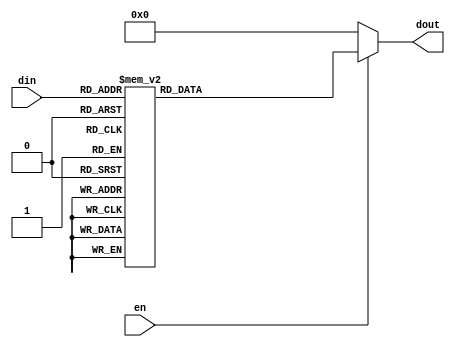
module decoder_5to32(en,din,dout);
 input en;
 input [4:0] din;
 output[31:0] dout;
 reg [31:0] dout;
 always@(din or en)
  begin
   if(!en)
    dout=0;
   else 
    case(din)
	 5'b00000: dout=32'b0000_0000_0000_0000_0000_0000_0000_0001;
	 5'b00001: dout=32'b0000_0000_0000_0000_0000_0000_0000_0010;
	 5'b00010: dout=32'b0000_0000_0000_0000_0000_0000_0000_0100;
	 5'b00011: dout=32'b0000_0000_0000_0000_0000_0000_0000_1000;
	 5'b00100: dout=32'b0000_0000_0000_0000_0000_0000_0001_0000;
	 5'b00101: dout=32'b0000_0000_0000_0000_0000_0000_0010_0000;
	 5'b00110: dout=32'b0000_0000_0000_0000_0000_0000_0100_0000;
	 5'b00111: dout=32'b0000_0000_0000_0000_0000_0000_1000_0000;
	 5'b01000: dout=32'b0000_0000_0000_0000_0000_0001_0000_0000;
	 5'b01001: dout=32'b0000_0000_0000_0000_0000_0010_0000_0000;
	 5'b01010: dout=32'b0000_0000_0000_0000_0000_0100_0000_0000;
	 5'b01011: dout=32'b0000_0000_0000_0000_0000_1000_0000_0000;
	 5'b01100: dout=32'b0000_0000_0000_0000_0001_0000_0000_0000;
	 5'b01101: dout=32'b0000_0000_0000_0000_0010_0000_0000_0000;
	 5'b01110: dout=32'b0000_0000_0000_0000_0100_0000_0000_0000;
	 5'b01111: dout=32'b0000_0000_0000_0000_1000_0000_0000_0000;
	 5'b10000: dout=32'b0000_0000_0000_0001_0000_0000_0000_0000;
	 5'b10001: dout=32'b0000_0000_0000_0010_0000_0000_0000_0000;
	 5'b10010: dout=32'b0000_0000_0000_0100_0000_0000_0000_0000;
	 5'b10011: dout=32'b0000_0000_0000_1000_0000_0000_0000_0000;
	 5'b10100: dout=32'b0000_0000_0001_0000_0000_0000_0000_0000;
	 5'b10101: dout=32'b0000_0000_0010_0000_0000_0000_0000_0000;
	 5'b10110: dout=32'b0000_0000_0100_0000_0000_0000_0000_0000;
	 5'b10111: dout=32'b0000_0000_1000_0000_0000_0000_0000_0000;
	 5'b11000: dout=32'b0000_0001_0000_0000_0000_0000_0000_0000;
	 5'b11001: dout=32'b0000_0010_0000_0000_0000_0000_0000_0000;
	 5'b11010: dout=32'b0000_0100_0000_0000_0000_0000_0000_0000;
	 5'b11011: dout=32'b0000_1000_0000_0000_0000_0000_0000_0000;
	 5'b11100: dout=32'b0001_0000_0000_0000_0000_0000_0000_0000;
	 5'b11101: dout=32'b0010_0000_0000_0000_0000_0000_0000_0000;
	 5'b11110: dout=32'b0100_0000_0000_0000_0000_0000_0000_0000;
	 5'b11111: dout=32'b1000_0000_0000_0000_0000_0000_0000_0000;
	endcase
  end
endmodule